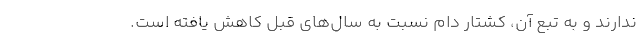
ندارند و به تبع آن، کشتار دام نسبت به سال‌های قبل کاهش یافته است.